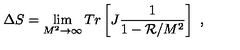
\Delta S = \lim _ { M ^ { 2 } \rightarrow \infty } T r \left[ J \frac { 1 } { 1 - { \cal R } / M ^ { 2 } } \right] \ ,